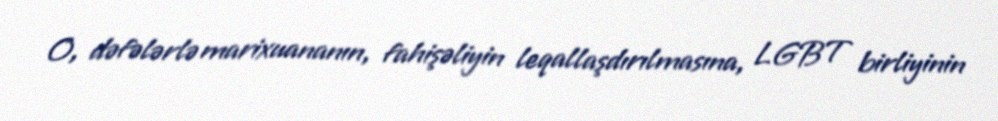
O, dəfələrlə marixuananın, fahişəliyin leqallaşdırılmasına, LGBT birliyinin